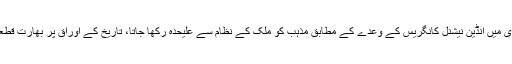
بجائے اس کے کہ تحریک ِ آزادی میں انڈین نیشنل کانگریس کے وعدے کے مطابق مذہب کو ملک کے نظام سے علیحدہ رکھا جاتا، تاریخ کے اوراق پر بھارت قطعی طورمسلمانوں کے خلاف رہا۔